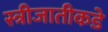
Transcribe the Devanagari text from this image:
स्त्रीजातीकडे